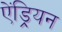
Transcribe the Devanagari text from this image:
ऐंड्रियन